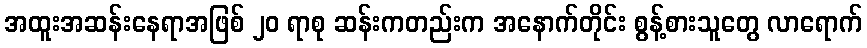
အထူးအဆန်းနေရာအဖြစ် ၂၀ ရာစု ဆန်းကတည်းက အနောက်တိုင်း စွန့်စားသူတွေ လာရောက်